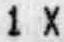
1 X